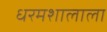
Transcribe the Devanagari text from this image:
धरमशालाला